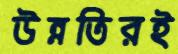
উন্নতিরই